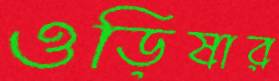
ওড়িষার